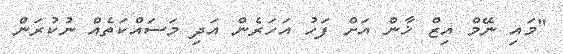
"މައި ނޭމް އިޒް ޚާން އަށް ފަހު އަހަރެން އަދި މަސައްކަތެއް ނުކުރަން